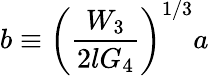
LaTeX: b\equiv\left(\frac{W_{3}}{2lG_{4}}\right)^{1/3}a